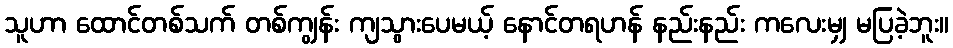
သူဟာ ထောင်တစ်သက် တစ်ကျွန်း ကျသွားပေမယ့် နောင်တရဟန် နည်းနည်း ကလေးမျှ မပြခဲ့ဘူး။